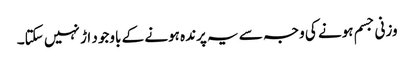
وزنی جسم ہونے کی وجہ سے یہ پرندہ ہونے کے باوجود اڑ نہیں سکتا۔